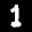
Label: 1